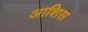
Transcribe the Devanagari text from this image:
आशिस